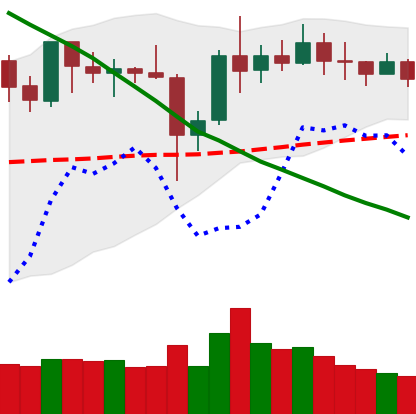
Ticker: XRP-USD
Chart end date: 2019-11-03
Forward return: -4.912%
Label: down_3_5